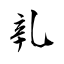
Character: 乵